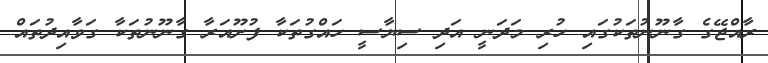
ރާއްޖޭގެ ގާނޫނުތަކުގައި ހުރި މަދަނީ އަދި ސިޔާސީ ހައްގުތަކާ ފުށޫއަރާ ގާނޫނުތަކާ ގަވާއިދުތައް